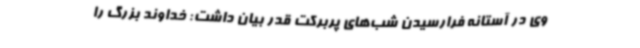
وی در آستانه فرارسیدن شب‌های پربرکت قدر بیان داشت: خداوند بزرگ را